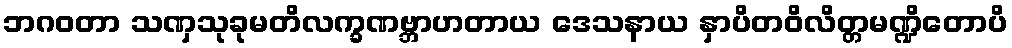
ဘဂဝတာ သဏှသုခုမတိလက္ခဏဗ္ဘာဟတာယ ဒေသနာယ နှာပိတဝိလိတ္တမဏ္ဍိတောပိ